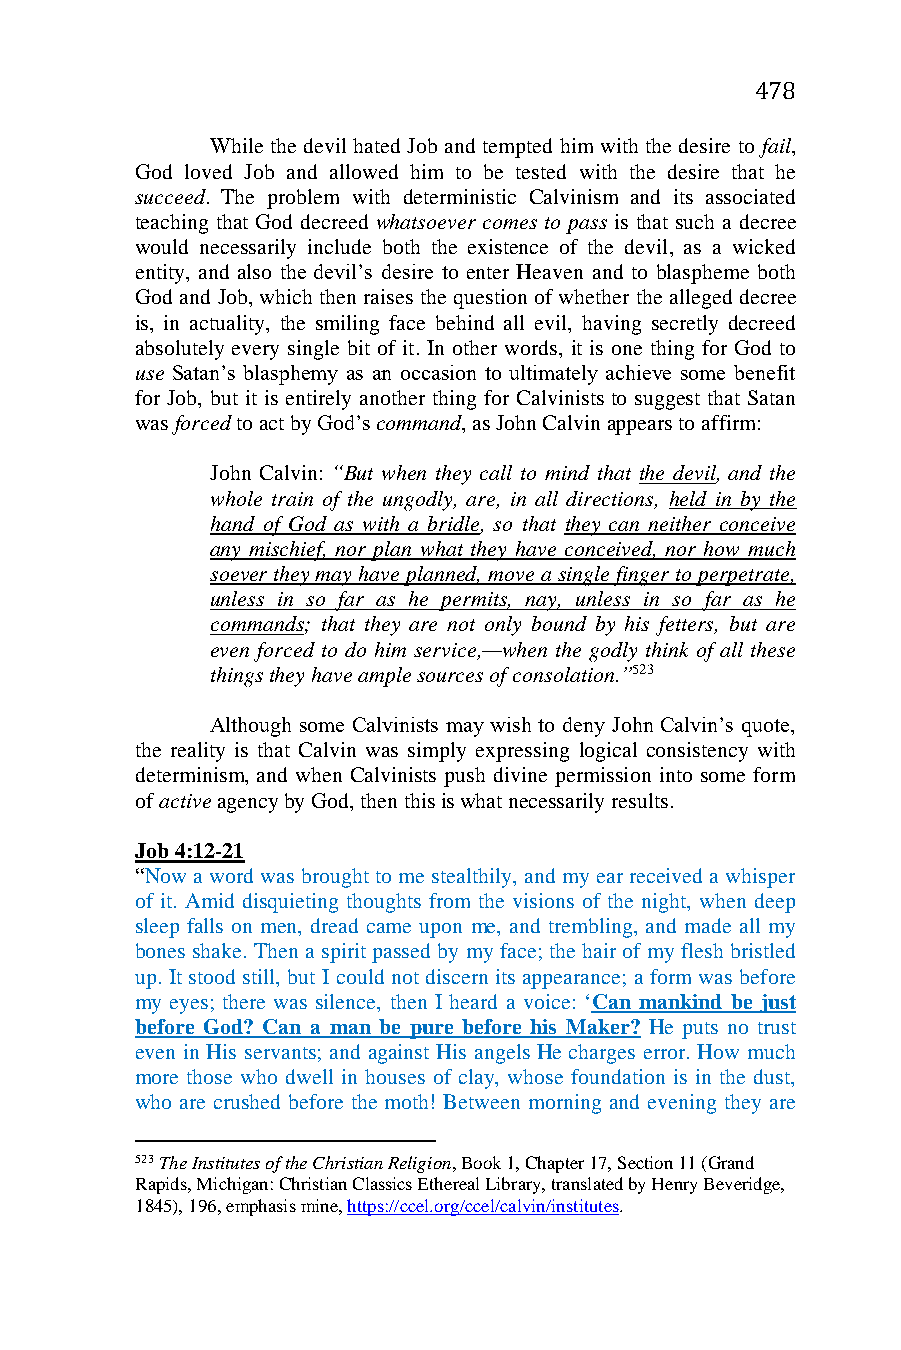
478
 While the devil hated Job and tempted him with the desire to fail,
 God loved Job and allowed him to be tested with the desire that he
 succeed. The problem with deterministic Calvinism and its associated
 teaching that God decreed whatsoever comes to pass is that such a decree
 would necessarily include both the existence of the devil, as a wicked
 entity, and also the devil’s desire to enter Heaven and to blaspheme both
 God and Job, which then raises the question of whether the alleged decree
 is, in actuality, the smiling face behind all evil, having secretly decreed
 absolutely every single bit of it. In other words, it is one thing for God to
 use Satan’s blasphemy as an occasion to ultimately achieve some benefit
 for Job, but it is entirely another thing for Calvinists to suggest that Satan
 was forced to act by God’s command, as John Calvin appears to affirm:
 John Calvin: “But when they call to mind that the devil, and the
 whole train of the ungodly, are, in all directions, held in by the
 hand of God as with a bridle, so that they can neither conceive
 any mischief, nor plan what they have conceived, nor how much
 soever they may have planned, move a single finger to perpetrate,
 unless in so far as he permits, nay, unless in so far as he
 commands; that they are not only bound by his fetters, but are
 even forced to do him service,—when the godly think of all these
 things they have ample sources of consolation.”523
 Although some Calvinists may wish to deny John Calvin’s quote,
 the reality is that Calvin was simply expressing logical consistency with
 determinism, and when Calvinists push divine permission into some form
 of active agency by God, then this is what necessarily results.
 Job 4:12-21
 “Now a word was brought to me stealthily, and my ear received a whisper
 of it. Amid disquieting thoughts from the visions of the night, when deep
 sleep falls on men, dread came upon me, and trembling, and made all my
 bones shake. Then a spirit passed by my face; the hair of my flesh bristled
 up. It stood still, but I could not discern its appearance; a form was before
 my eyes; there was silence, then I heard a voice: ‘Can mankind be just
 before God? Can a man be pure before his Maker? He puts no trust
 even in His servants; and against His angels He charges error. How much
 more those who dwell in houses of clay, whose foundation is in the dust,
 who are crushed before the moth! Between morning and evening they are
 523 The Institutes of the Christian Religion, Book 1, Chapter 17, Section 11 (Grand
 Rapids, Michigan: Christian Classics Ethereal Library, translated by Henry Beveridge,
 1845), 196, emphasis mine, https://ccel.org/ccel/calvin/institutes.